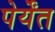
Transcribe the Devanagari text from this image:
पेर्येंत